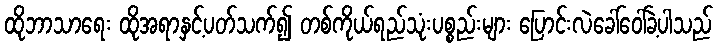
ထိုဘာသာရေး ထိုအရာနှင့်ပတ်သက်၍ တစ်ကိုယ်ရည်သုံးပစ္စည်းများ ပြောင်းလဲခေါ်ဝေါ်ခဲ့ပါသည်